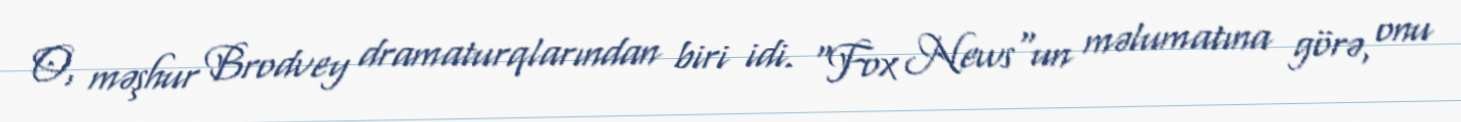
O, məşhur Brodvey dramaturqlarından biri idi. "Fox News"un məlumatına görə, onu